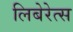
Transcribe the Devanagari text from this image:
लिबेरेत्स